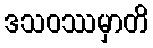
ဒသဝဿမှာတိ